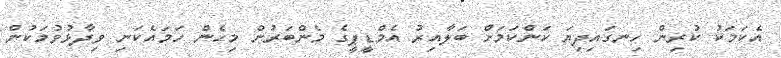
އެކަމަކު ކުރިން ހިނގައިދިޔަ ކަންކަމަށް ބަލާއިރު އެމްޑީޕީގެ މެންބަރުން މިހެން ހަމައެކަނި ވިދާޅުވުމަކުން